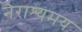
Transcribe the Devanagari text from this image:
नैराश्यमय